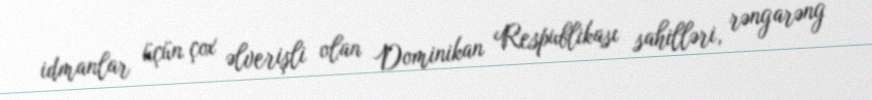
idmanlar üçün çox əlverişli olan Dominikan Respublikası sahilləri, rəngarəng